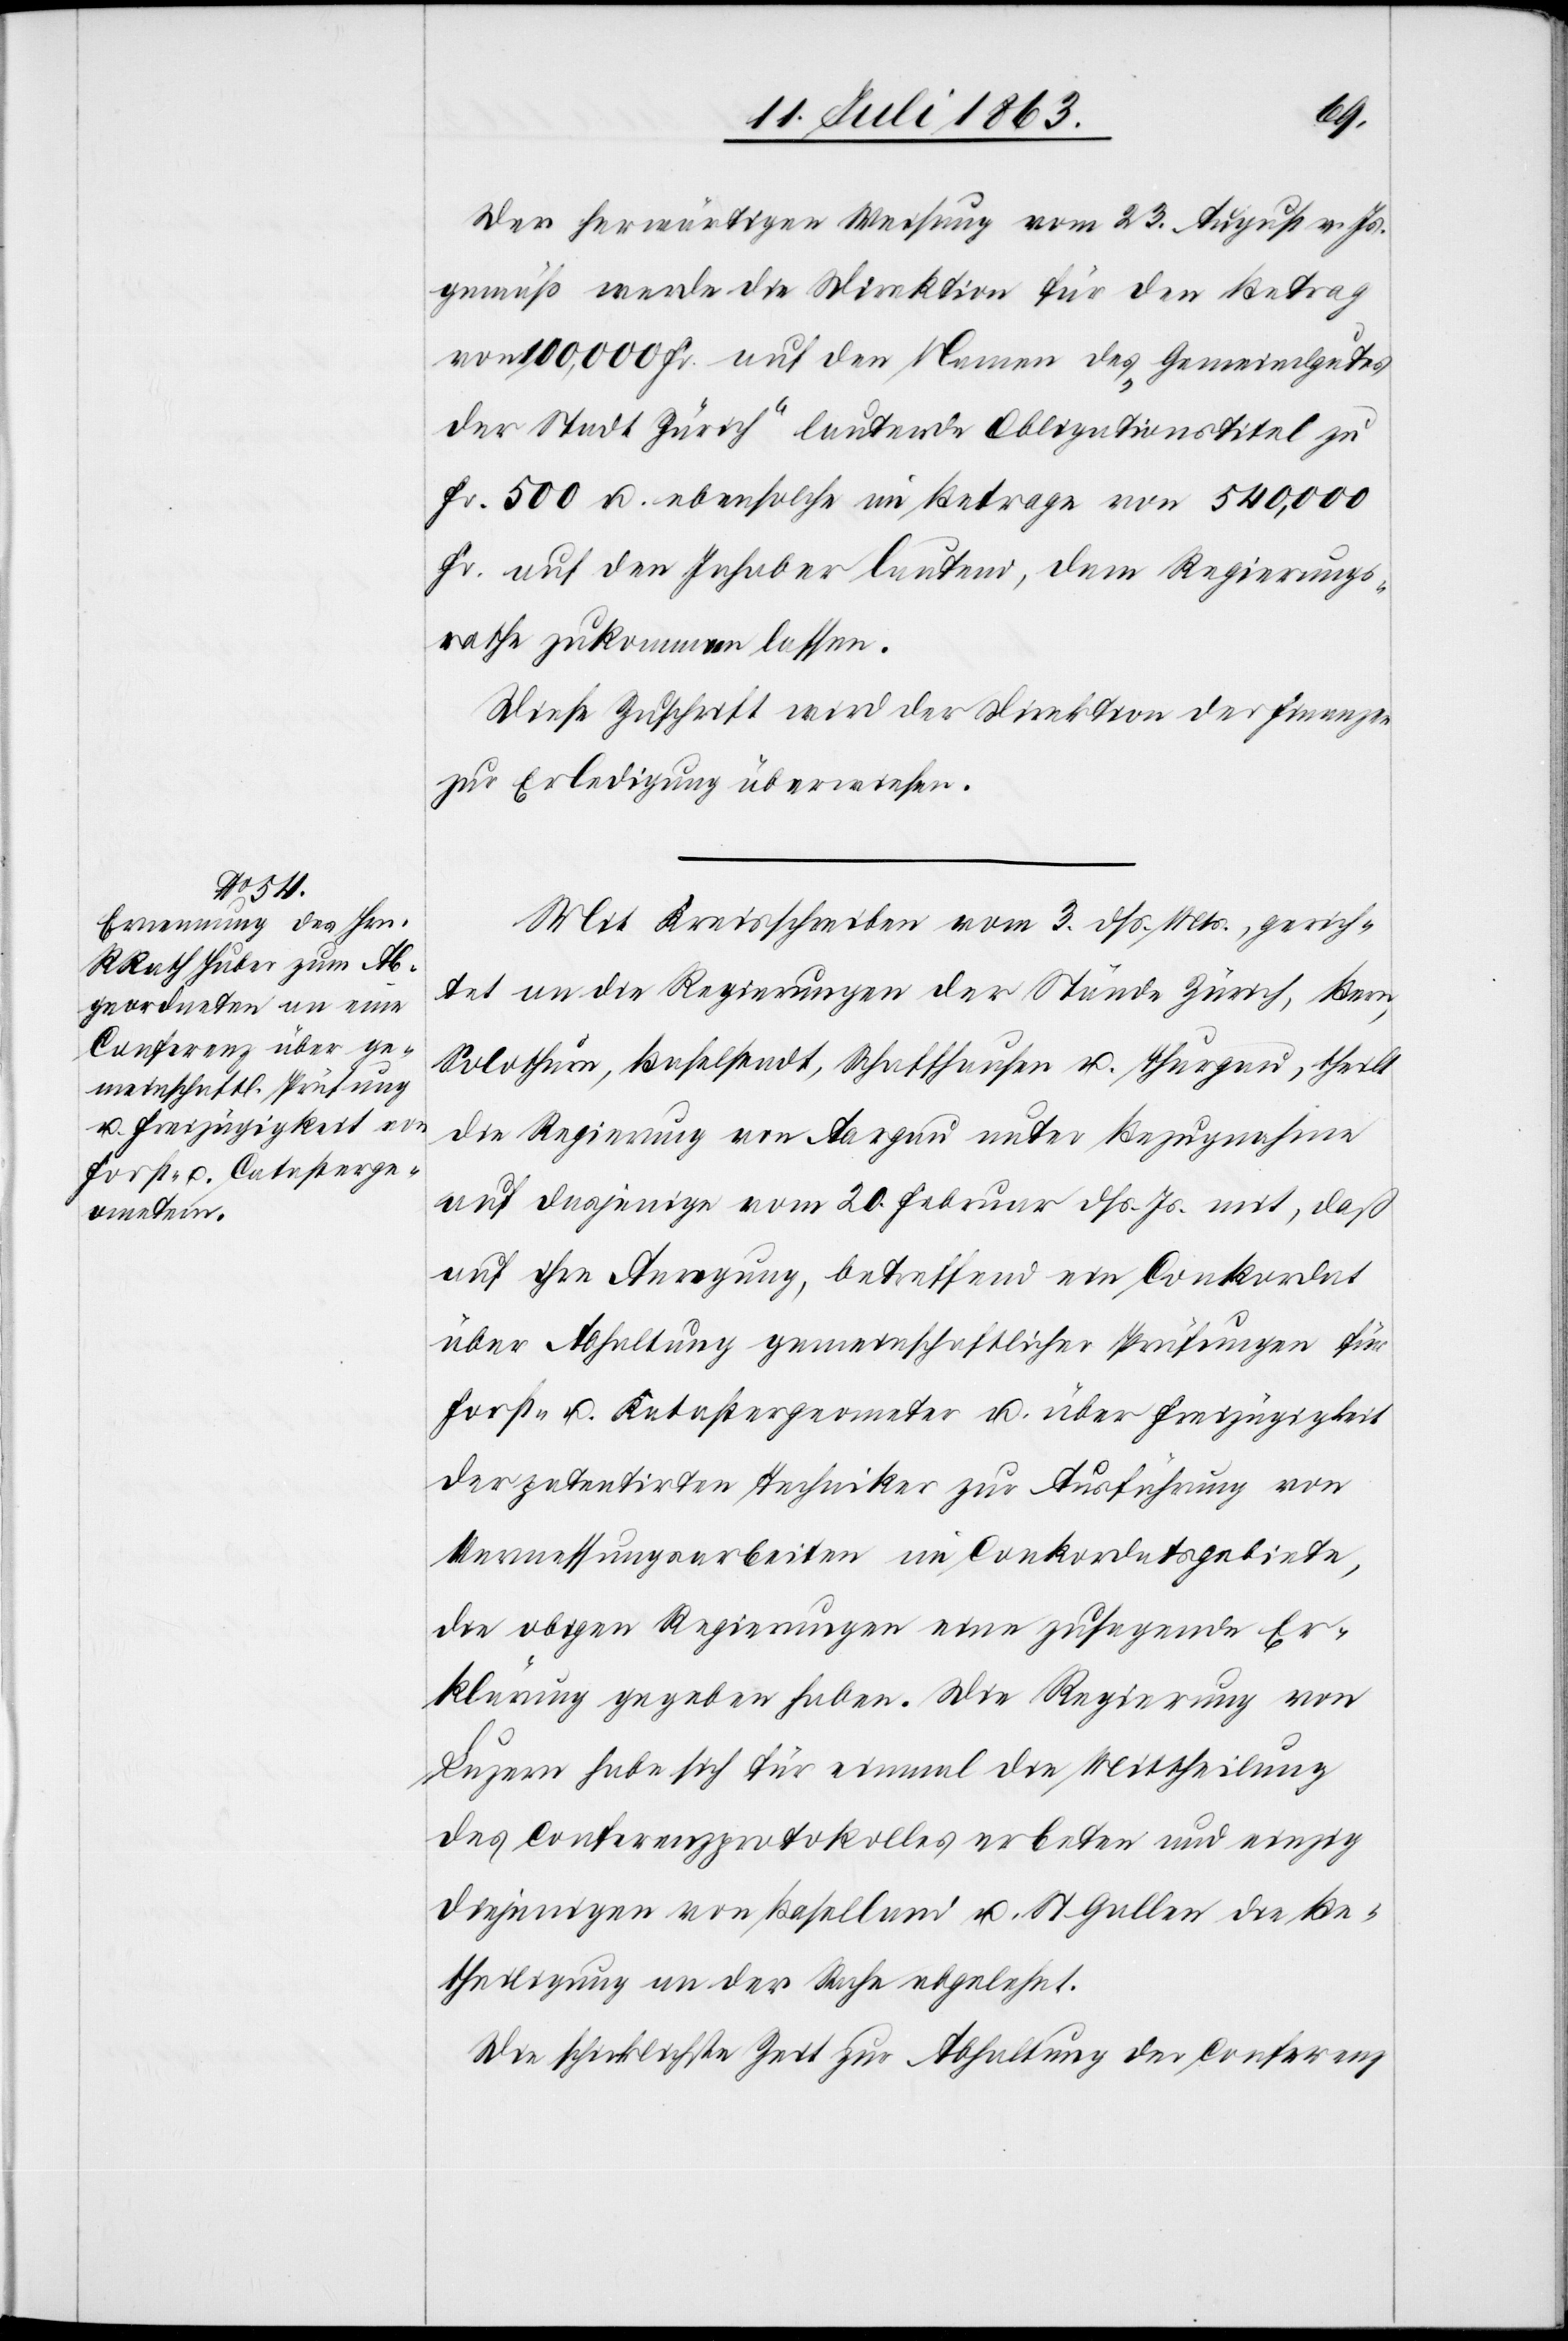
Der herwärtigen Weisung vom 23. August v. Js.
gemäß werde die Direktion für den Betrag
von 100,000 Fr. auf den Namen des „Gemeindgutes
der Stadt Zürich“ lautende Obligationstitel zu
Fr. 500 u. ebensolche im Betrage von 540,000
Fr. auf den Inhaber lautend, dem Regierungs¬
rathe zukommen lassen.
Diese Zuschrift wird der Direktion der Finanzen
zur Erledigung überwiesen.
Mit Kreisschreiben vom 3. dß. Mts., gerich¬
tet an die Regierungen der Stände Zürich, Bern,
Solothurn, Baselstadt, Schaffhausen u. Thurgau, theilt
die Regierung von Aargau unter Bezugnahme
auf dasjenige vom 20. Februar dß. Js. mit, daß
auf ihre Anregung, betreffend ein Conkordat
über Abhaltung gemeinschaftlicher Prüfungen für
Forst- u. Katastergeometer u. über Freizügigkeit
der patentirten Techniker zur Ausführung von
Vermessungsarbeiten im Conkordatsgebiete,
die obigen Regierungen eine zusagende Er¬
klärung gegeben haben. Die Regierung von
Luzern habe sich für einmal die Mittheilung
des Conferenzprotokolles erbeten und einzig
diejenigen von Baselland u. St Gallen die Be¬
theiligung an der Sache abgelehnt.
Die schicklichste Zeit zur Abhaltung der Conferenz